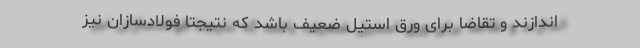
اندازند و تقاضا برای ورق استیل ضعیف باشد که نتیجتاً فولادسازان نیز